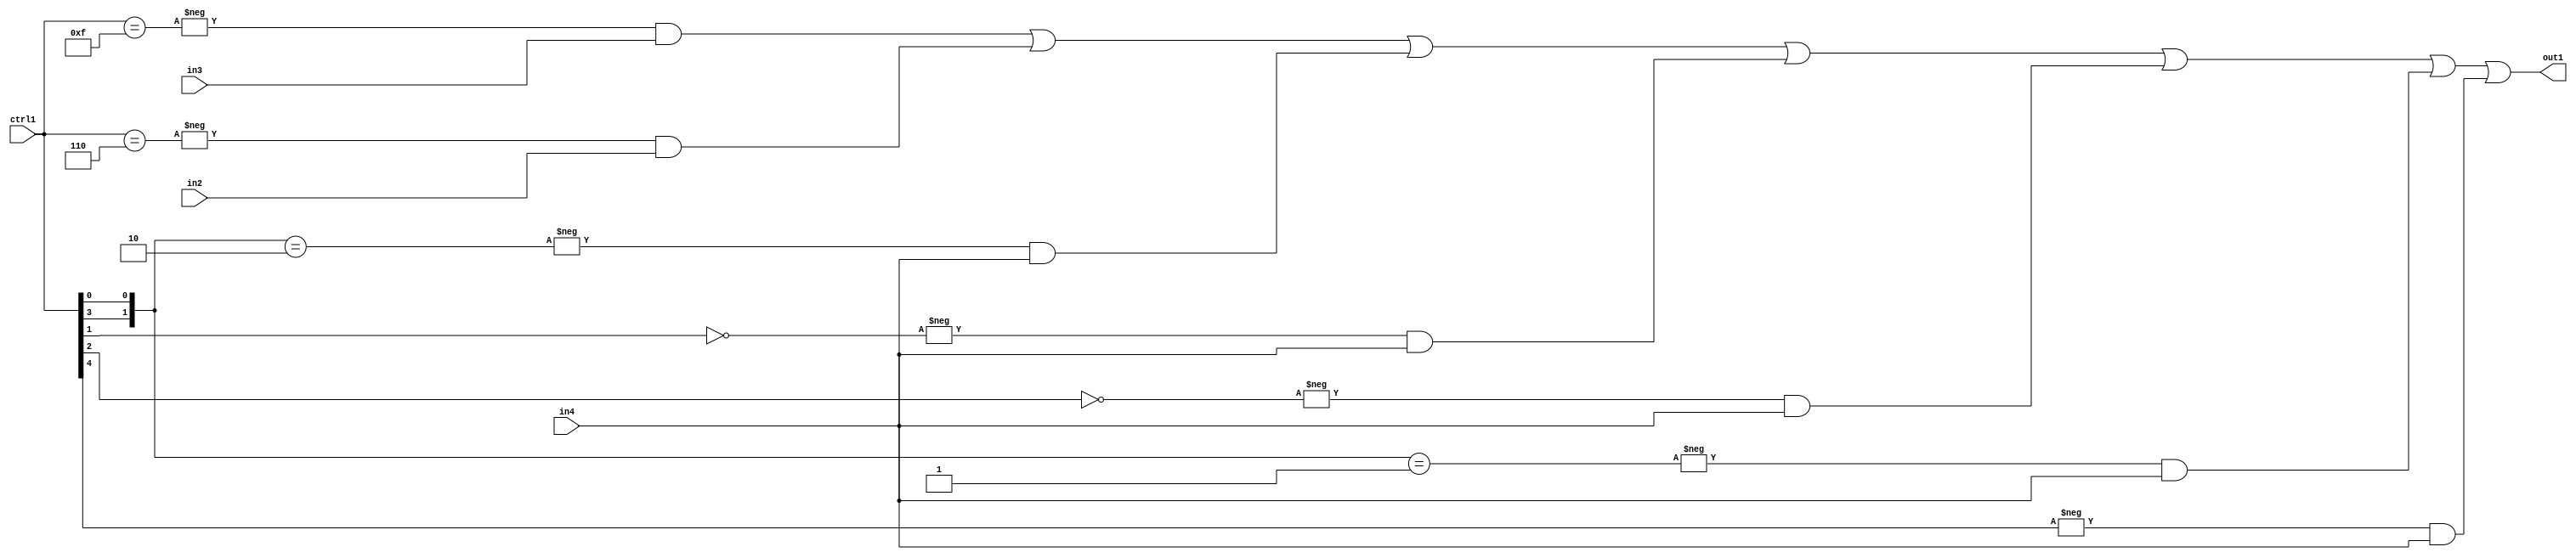
`timescale 1ps / 1ps
/*****************************************************************************
    Verilog RTL Description
    
    
    Created by: Stratus DpOpt 21.05.01 
*******************************************************************************/

module SobelFilter_N_Mux_20_3_13_4 (
	in4,
	in3,
	in2,
	ctrl1,
	out1
	); /* architecture "behavioural" */ 
input [19:0] in4,
	in3,
	in2;
input [4:0] ctrl1;
output [19:0] out1;
wire [19:0] asc001;

assign asc001 = 
	-{ctrl1 == 5'B01111} & in3 |
	-{ctrl1 == 5'B00110} & in2 |
	-{{ctrl1[3], ctrl1[0]} == 2'B10} & in4 |
	-{ctrl1[1] == 1'B0} & in4 |
	-{ctrl1[2] == 1'B0} & in4 |
	-{{ctrl1[3], ctrl1[0]} == 2'B01} & in4 |
	-{ctrl1[4] == 1'B1} & in4 ;

assign out1 = asc001;
endmodule

/* CADENCE  v7X2Sgo= : u9/ySxbfrwZIxEzHVQQV8Q== ** DO NOT EDIT THIS LINE ******/